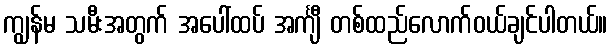
ကျွန်မ သမီးအတွက် အပေါ်ထပ် အင်္ကျီ တစ်ထည်လောက်ဝယ်ချင်ပါတယ်။